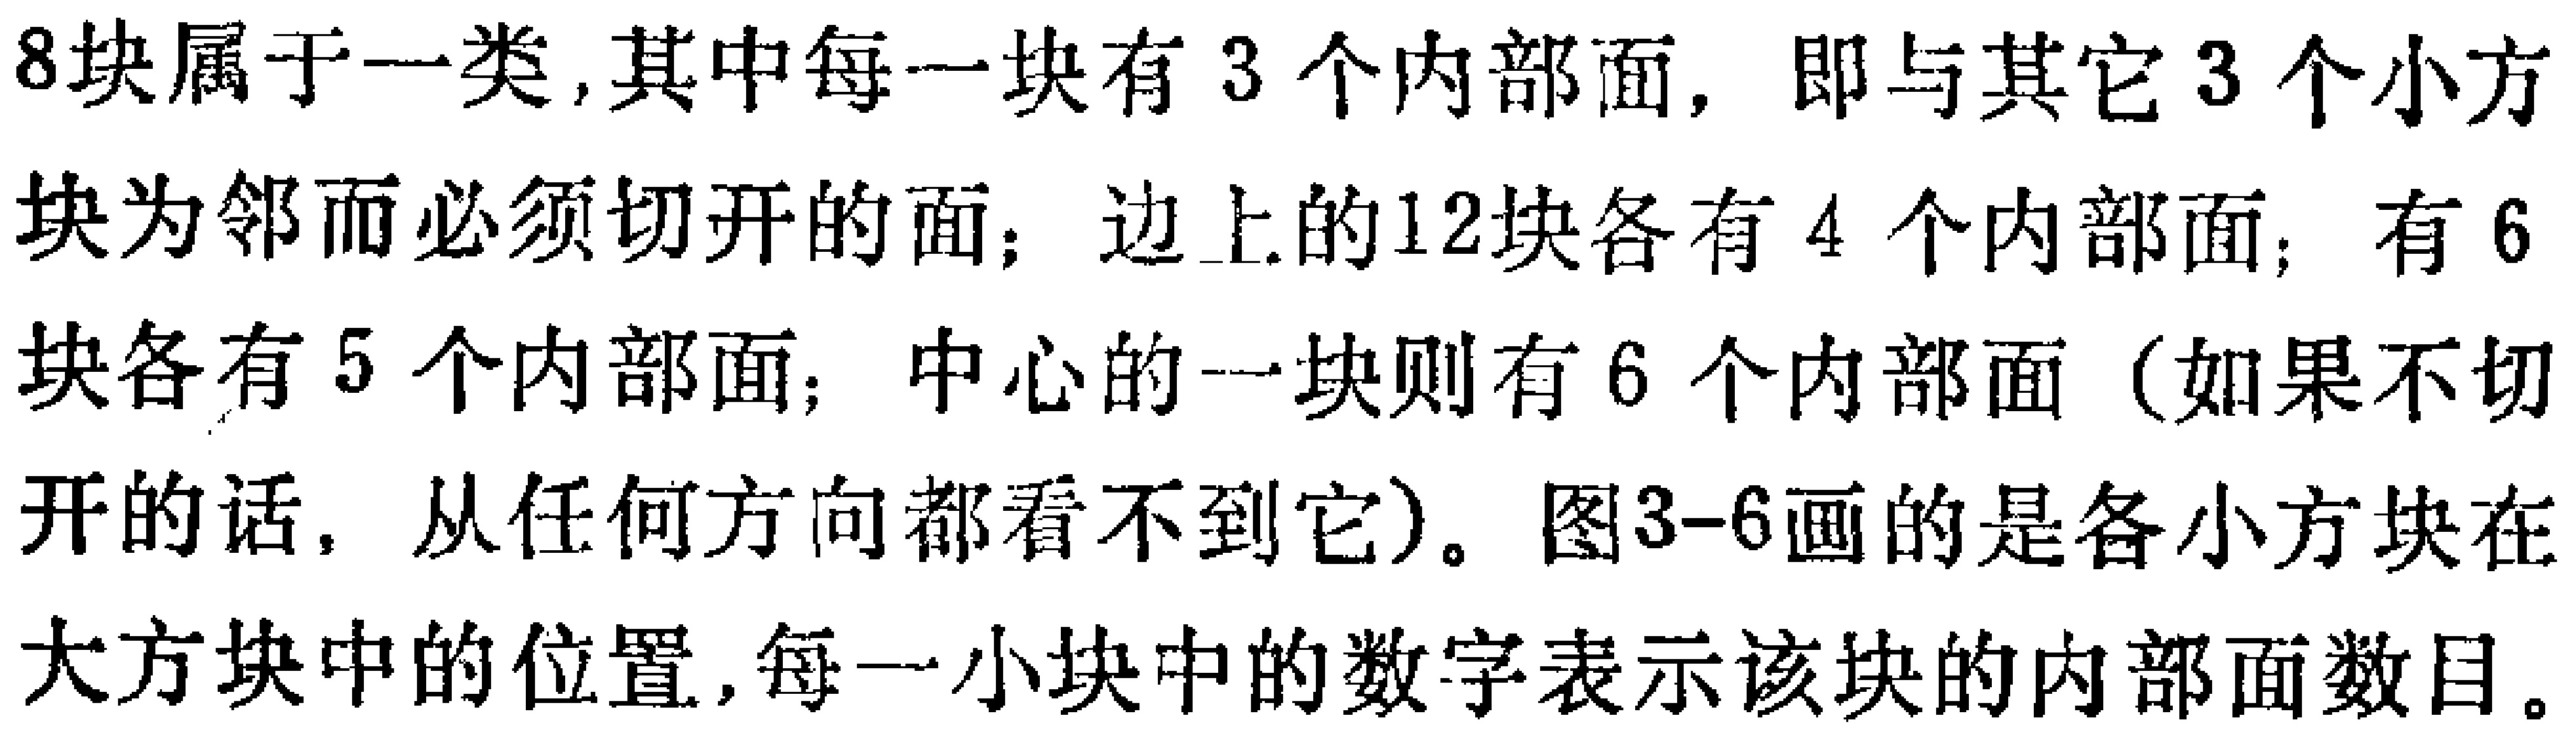
8块属于一类,其中每一块有3个内部面, 即与其它3个小方块为邻而必须切开的面；边上的12块各有4 个内部面；有6块各有5个内部面；中心的一块则有6个内部面（如果不切开的话, 从任何方向都看不到它）。图3-6画的是各小方块在大方块中的位置,每一小块中的数字表示该块的内部面数目。